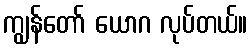
ကျွန်တော် ယောဂ လုပ်တယ်။